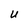
Character: U